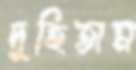
দুহিতাম